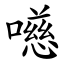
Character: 㘂